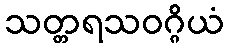
သတ္တရသဝဂ္ဂိယံ